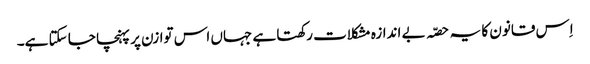
اِس قانون کا یہ حصّہ بے اندازہ مشکلات رکھتا ہے جہاں اس توازن پر پہنچا جا سکتا ہے۔